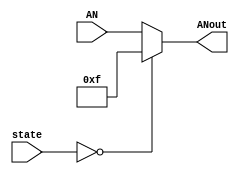
`timescale 1ns / 1ps
//////////////////////////////////////////////////////////////////////////////////
// Company: 
// Engineer: 
// 
// Design Name: 
// Module Name: SlakeCol
// Project Name: 
// Target Devices: 
// Tool Versions: 
// Description: 
// 
// Dependencies: 
// 
// Revision:
// Revision 0.01 - File Created
// Additional Comments:
// 
//////////////////////////////////////////////////////////////////////////////////


module SlakeCol(
    input wire   [1:0] state,
    input wire   [3:0] AN,
    output reg   [3:0] ANout
    );
    parameter INITIAL = 0;
    
always @(state,AN)
    begin
        if(state == INITIAL)
            ANout = 4'b1111;
        else
            ANout = AN;  
    end
endmodule